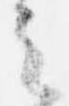
会